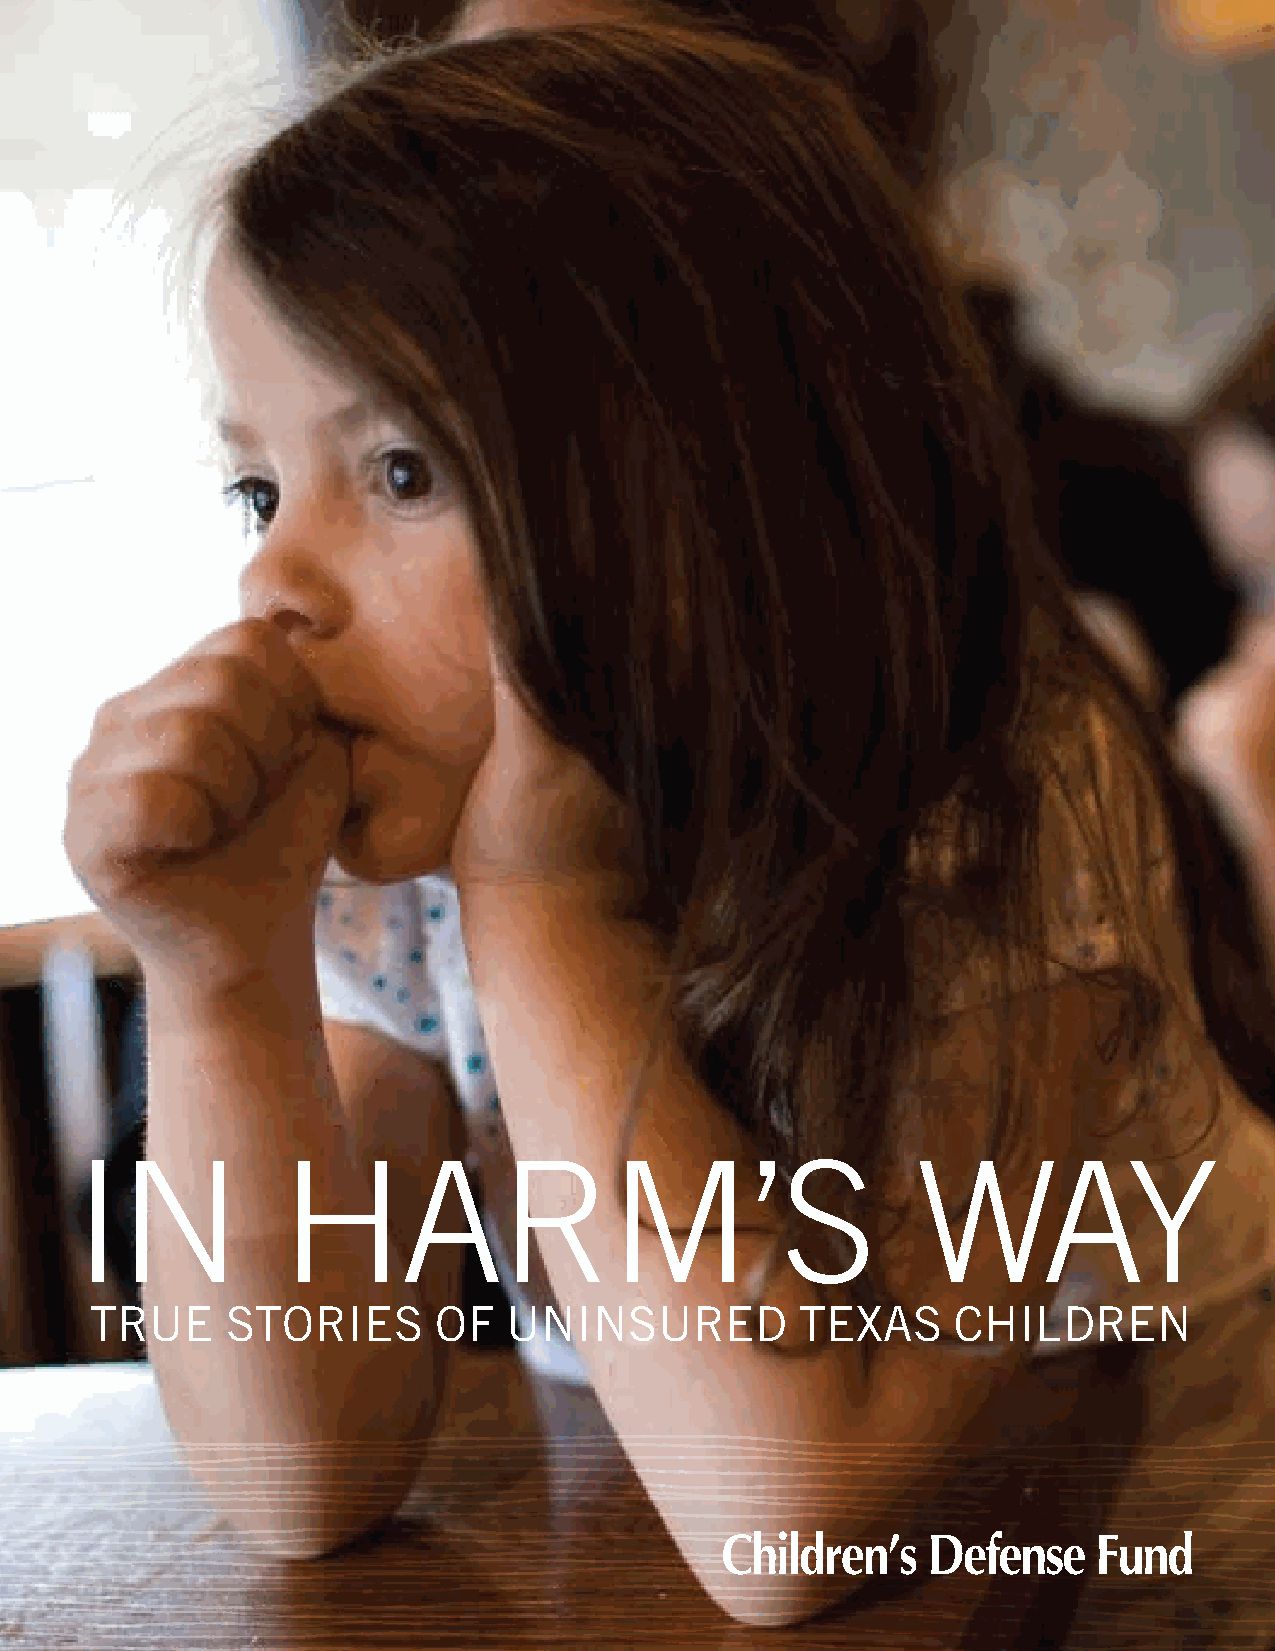
IN            HARM’S                                    WAY
 TRUE     STORIES       OF   UNINSURED          TEXAS     CHILDREN